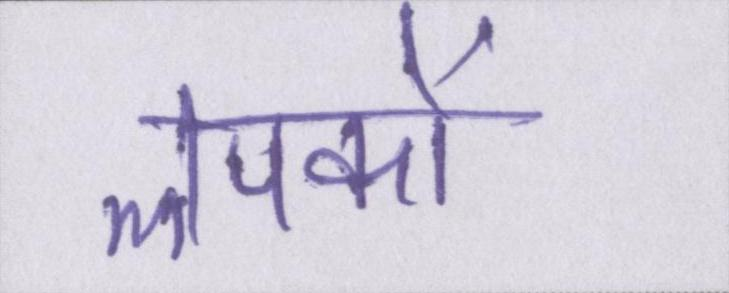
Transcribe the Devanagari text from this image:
लपकाें